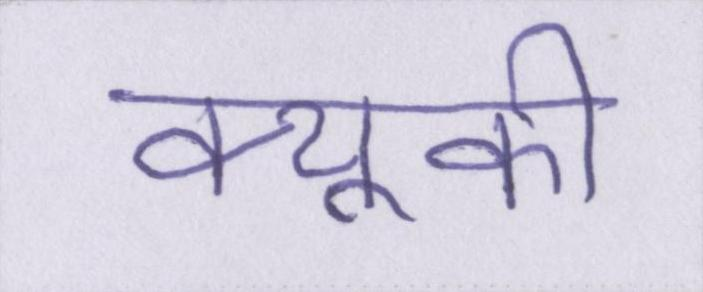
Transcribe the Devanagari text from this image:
क्यूकी